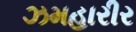
ઝમહારીર